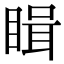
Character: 䁒